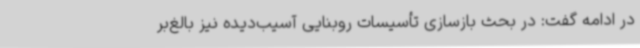
در ادامه گفت: در بحث بازسازی تأسیسات روبنایی آسیب‌دیده نیز بالغ‌بر